Civil Veterinary Dept. Bombay admin report 1900-1906 - 1900-1906
Year: 1900
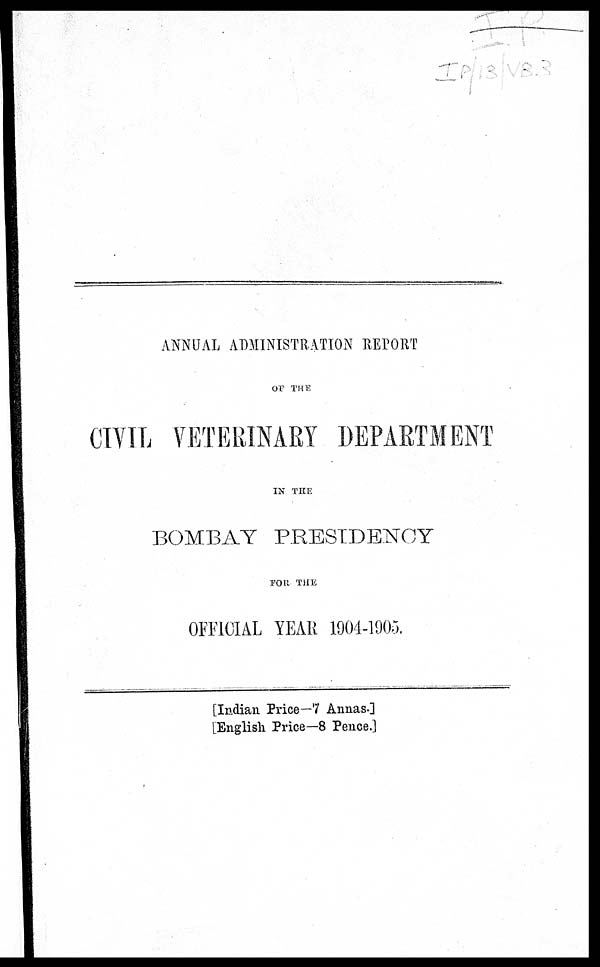
ANNUAL ADMINISTRATION REPORT
OF THE
CIVIL VETERINARY DEPARTMENT
IN THE
BOMBAY PRESIDENCY
FOR THE
OFFICIAL YEAR 19044905.
[Indian Price—7 Annas.]
[English Price—8 Pence.]